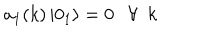
LaTeX: a _ { 1 } ( k ) \left| 0 _ { 1 } \right> = 0 \ \ \ \forall \ \ k